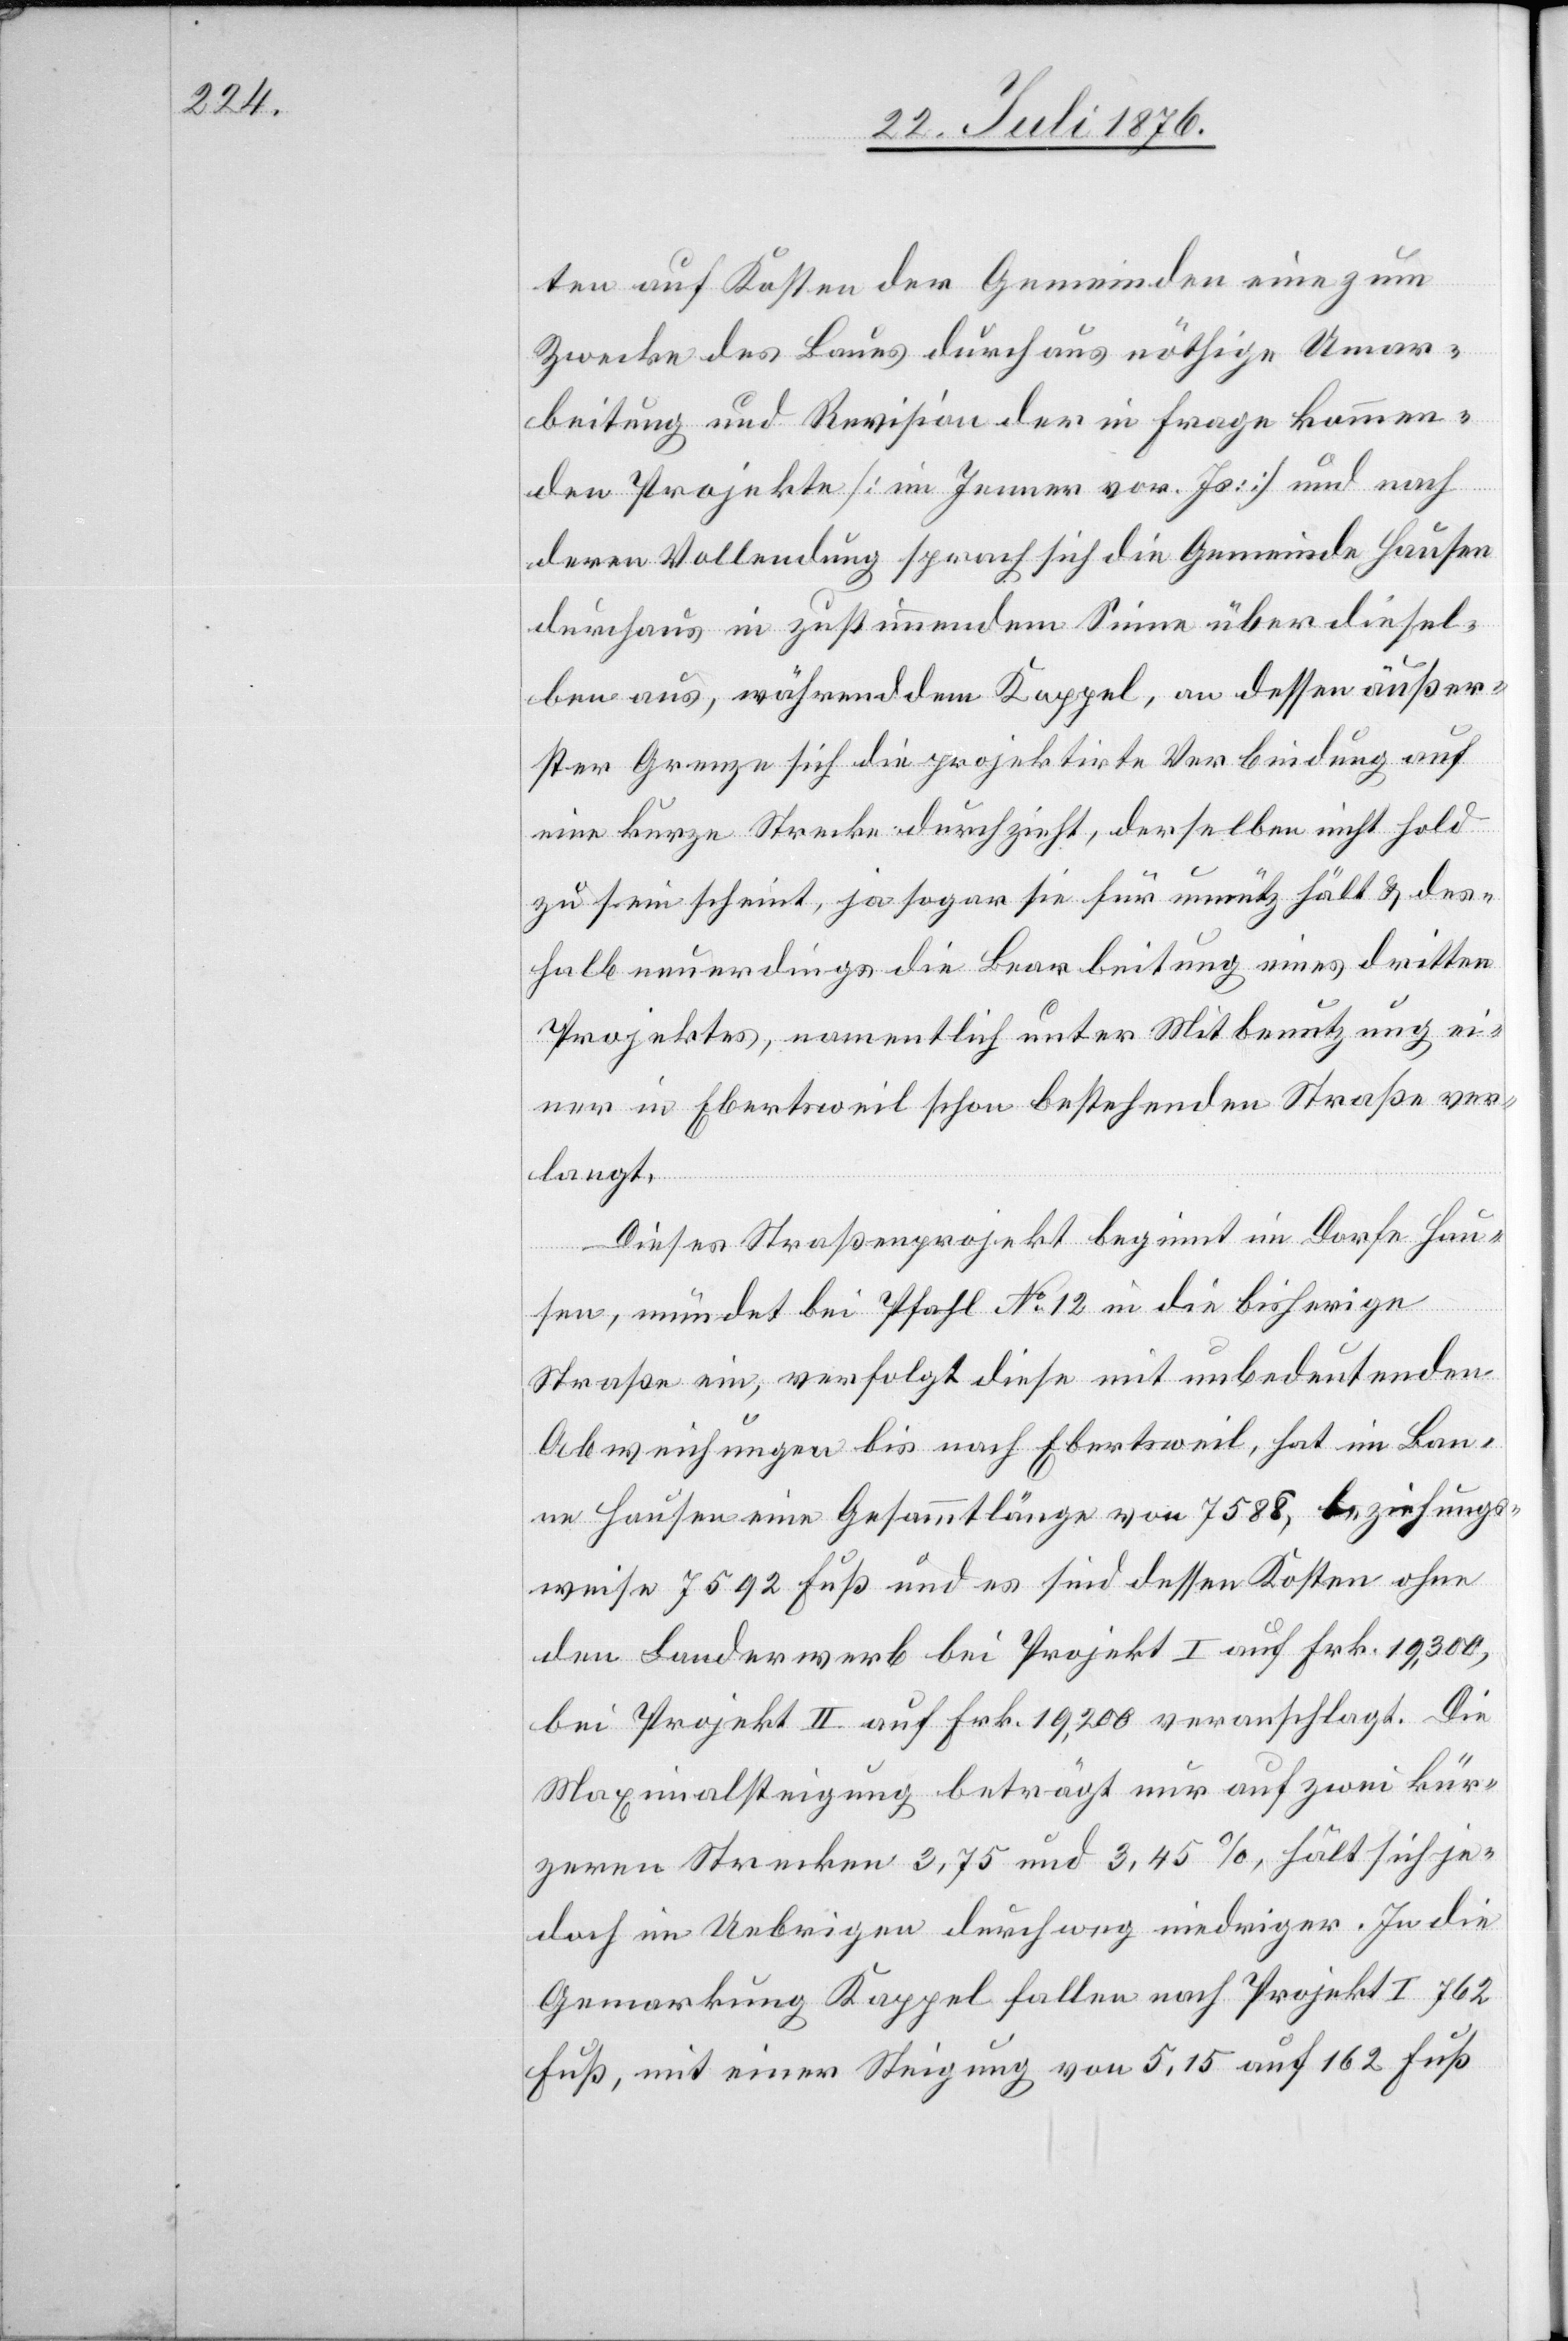
ten auf Kosten der Gemeinden eine zum
Zwecke des Baues durchaus nöthige Umar¬
beitung und Revision der in Frage kommen¬
den Projekte [im Jenner vor. Js.] und nach
deren Vollendung sprach sich die Gemeinde Hausen
durchaus in zustimmendem Sinne über diesel¬
ben aus, währenddem Kappel, an dessen äußer¬
ster Grenze sich die projektirte Verbindung auf
eine kurze Strecke durchzieht, derselben nicht hold
zu sein scheint, ja sogar sie für unnütz hält & des¬
halb neuerdings die Bearbeitung eines dritten
Projektes, namentlich unter Mitbenutzung ei¬
ner in Ebertsweil schon bestehenden Straße ver¬
langt.
Dieses Straßenprojekt beginnt im Dorfe Hau¬
sen, mündet bei Pfahl No 12 in die bisherige
Straße ein, verfolgt diese mit unbedeutenden
Abweichungen bis nach Ebertsweil, hat im Ban¬
ne Hausen eine Gesammtlänge von 7588, beziehungs¬
weise 7592 Fuß und es sind dessen Kosten ohne
den Landerwerb bei Projekt I auf Frk. 19,300,
bei Projekt II auf Frk. 19,200 veranschlagt. Die
Maximalsteigung beträgt nur auf zwei kür¬
zeren Strecken 3,75 und 3,45 %, hält sich je¬
doch im Uebrigen durchweg niedriger. In die
Geomarkung Kappel fallen nach Projekt I 762
Fuß, mit einer Steigung von 5,15 auf 162 Fuß